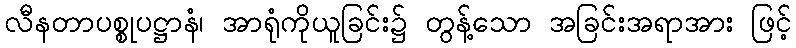
လီနတာပစ္စုပဋ္ဌာနံ၊ အာရုံကိုယူခြင်း၌ တွန့်သော အခြင်းအရာအား ဖြင့်